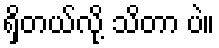
ရှိတယ်လို့ သိတာ ပဲ။